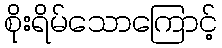
စိုးရိမ်သောကြောင့်